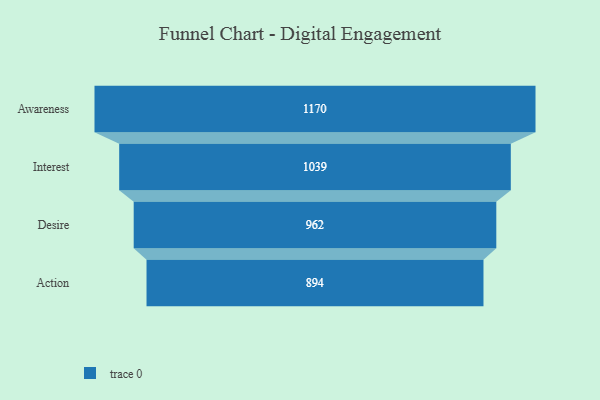
{"axis": {"x": "Stage", "y": "Value"}, "legend": [""], "data": [{"x": "Awareness", "y": 1170.0, "type": ""}, {"x": "Interest", "y": 1039.0, "type": ""}, {"x": "Desire", "y": 962.0, "type": ""}, {"x": "Action", "y": 894.0, "type": ""}]}